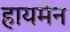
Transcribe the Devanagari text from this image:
हायमेन